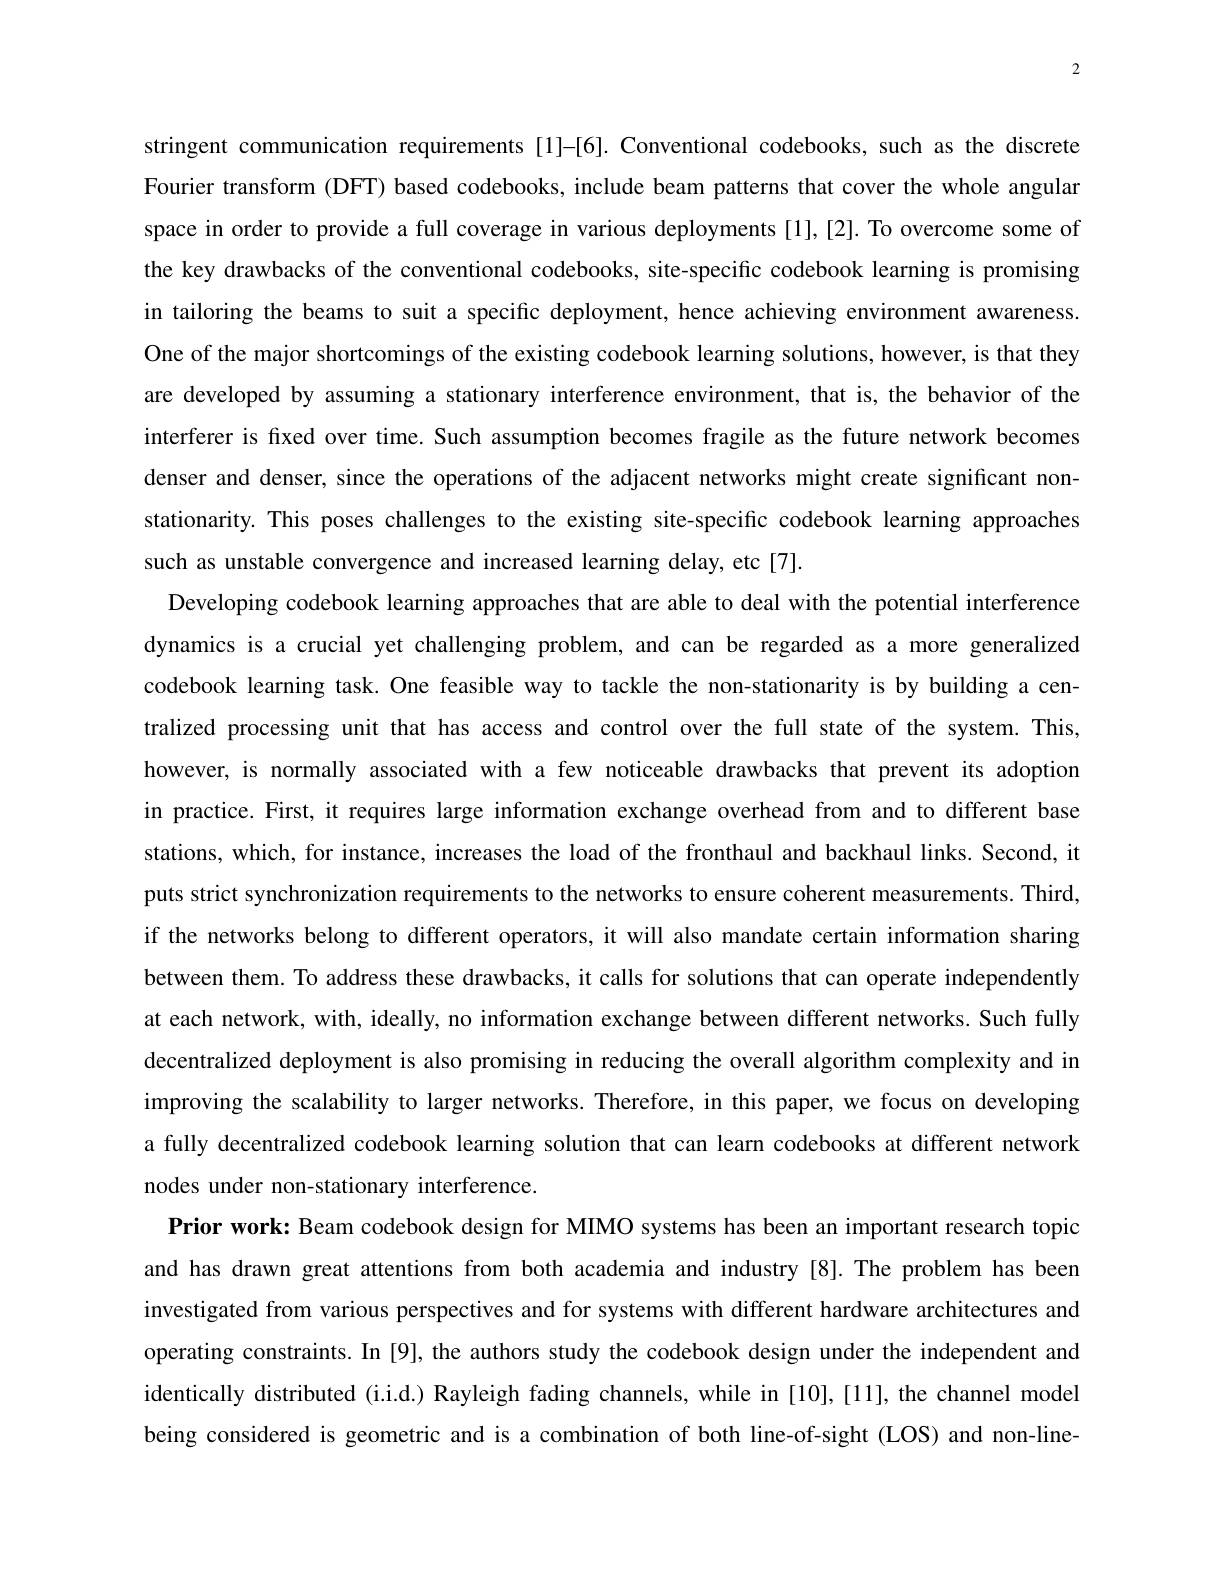
2

stringent communication requirements [1]-[6].Conventional codebooks, such as the discrete Fourier transform (DFT) based codebooks, include beam patterns that cover the whole angular space in order to provide a full coverage in various deployments [1],[2]. To overcome some of the key drawbacks of the conventional codebooks, site-specific codebook learning is promising in tailoring the beams to suit a specific deploy
nent, hence achieving environment awareness
One of the major shortcomings of the existing codebook learning solutions, however, is that they are developed by assuming a stationary interference environment, that is, the behavior of the interferer is fixed over time. Such assumption becomes fragile as the future network becomes denser and denser, since the operations of the adjacent networks might create significant nonstationarity. This poses challenges to the existing site-specific codebook learning approaches such as unstable convergence and increased learning delay, etc[7]
Developing codebook learning approaches that are able to deal with the potential interference dynamics is a crucial yet challenging problem, and can be regarded as a more generalized codebook learning task. One feasible way to tackle the non-stationarity is by building a centralized processing unit that has access and control over the full state of the system. This, however, is normally associated with a few noticeable drawbacks that prevent its adoption in practice. First, it requires large information exchange overhead from and to different base stations, which, for instance, increases the load of the fronthaul and backhaul links. Second, it puts strict synchronization requirements to the networks to ensure coherent measurements. Third, if the networks belong to different operators, it will also mandate certain information sharing between them. To address these drawbacks, it calls for solutions that can operate independently at each network, with, ideally, no information exchange between different networks. Such fully decentralized deployment is also promising in reducing the overall algorithm complexity and in improving the scalability to larger networks. Therefore, in this paper, we focus on developing a fully decentralized codebook learning solution that can learn codebooks at different network nodes under non-stationary interference.
Prior work: Beam codebook design for MIMO systems has been an important research topic and has drawn great attentions from both academia and industry [8].The problem has been investigated from various perspectives and for systems with different hardware architectures and operating constraints. In [9], the authors study the codebook design under the independent and identically distributed (i.i.d.) Rayleigh fading channels, while in [10],[11], the channel model being considered is geometric and is a combination of both line-of-sight (LOS) and non-line-